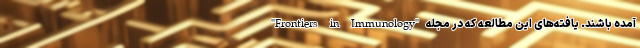
آمده باشند. یافته‌های این مطالعه که در مجله "Frontiers in Immunology"